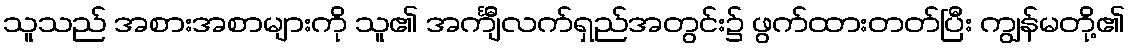
သူသည် အစားအစာများကို သူ၏ အင်္ကျီလက်ရှည်အတွင်း၌ ဖွက်ထားတတ်ပြီး ကျွန်မတို့၏